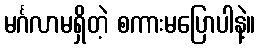
မင်္ဂလာမရှိတဲ့ စကားမပြောပါနဲ့။